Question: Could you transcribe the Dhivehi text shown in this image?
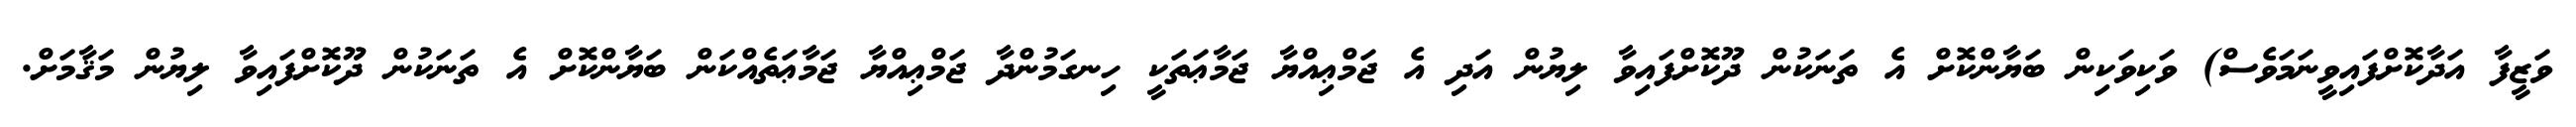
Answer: ވަޒީފާ އަދާކޮށްފައިވީނަމަވެސް) ވަކިވަކިން ބަޔާންކޮށް އެ ތަނަކުން ދޫކޮށްފައިވާ ލިޔުން އަދި އެ ޖަމްޢިއްޔާ ޖަމާޢަތަކީ ހިނގަމުންދާ ޖަމްޢިއްޔާ ޖަމާޢަތެއްކަން ބަޔާންކޮށް އެ ތަނަކުން ދޫކޮށްފައިވާ ލިޔުން މަޤާމަށް.